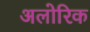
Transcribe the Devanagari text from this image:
अलोरिक